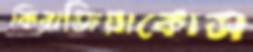
কিরাজিয়াকোস